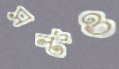
সল্টও